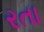
રતા